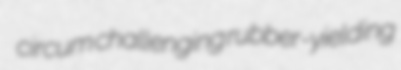
circum challenging rubber-yielding